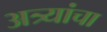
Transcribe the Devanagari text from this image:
अत्र्यांचा